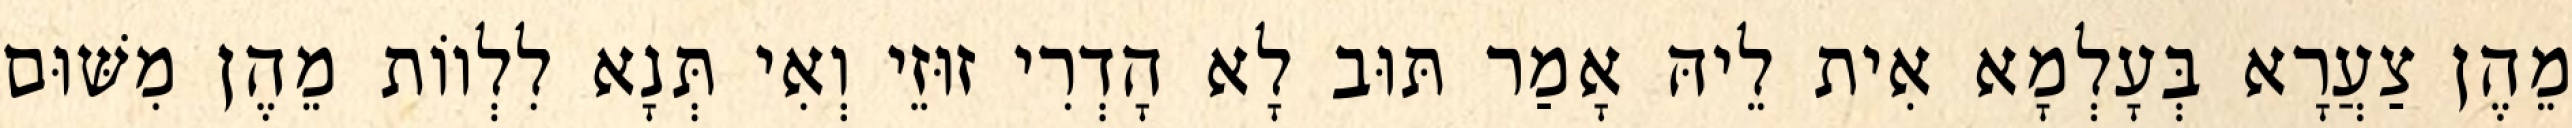
מֵהֶן צַעֲרָא בְּעָלְמָא אִית לֵיהּ אָמַר תּוּב לָא הָדְרִי זוּזֵי וְאִי תְּנָא לִלְווֹת מֵהֶן מִשּׁוּם